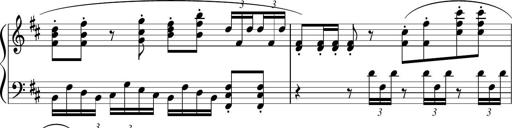
Title: Sonataette
Composer: Gergely Laszlo Matyas Jambor